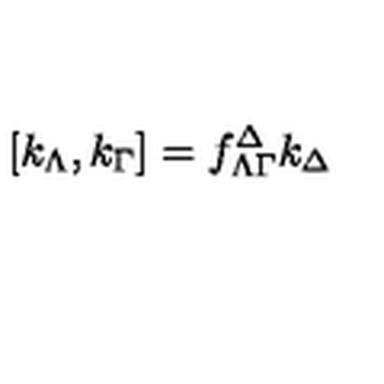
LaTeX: [ k _ { \Lambda } , k _ { \Gamma } ] = f _ { \Lambda \Gamma } ^ { \Delta } k _ { \Delta }